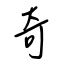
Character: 奇